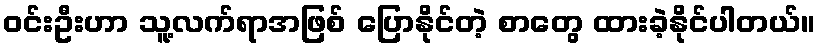
ဝင်းဦးဟာ သူ့လက်ရာအဖြစ် ပြောနိုင်တဲ့ စာတွေ ထားခဲ့နိုင်ပါတယ်။